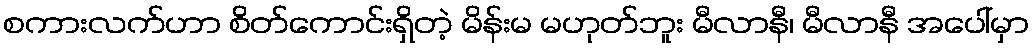
စကားလက်ဟာ စိတ်ကောင်းရှိတဲ့ မိန်းမ မဟုတ်ဘူး မီလာနီ၊ မီလာနီ အပေါ်မှာ